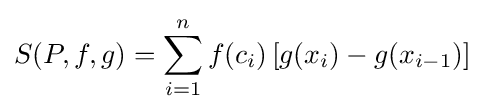
S(P,f,g)=\sum _{i=1}^{n}f(c_{i})\left[g(x_{i})-g(x_{i-1})\right]